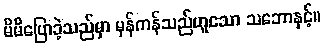
မိမိပြောခဲ့သည်မှာ မှန်ကန်သည်ဟူသော သဘောနှင့်။